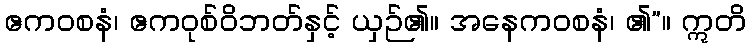
ဧကဝစနံ၊ ဧကဝုစ်ဝိဘတ်နှင့် ယှဉ်၏။ အနေကဝစနံ၊ ၏”။ ဣတိ